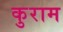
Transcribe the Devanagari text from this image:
कुराम